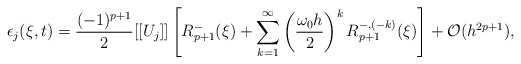
\begin{align*}\epsilon_j(\xi, t) = \frac{(-1)^{p+1}}{2} [[U_j]] \left[ R^-_{p+1}(\xi) + \sum_{k=1}^\infty \left(\frac{\omega_{0} h}{2}\right)^k R^{-,(-k)}_{p+1}(\xi) \right] + \mathcal{O}(h^{2p+1}),\end{align*}